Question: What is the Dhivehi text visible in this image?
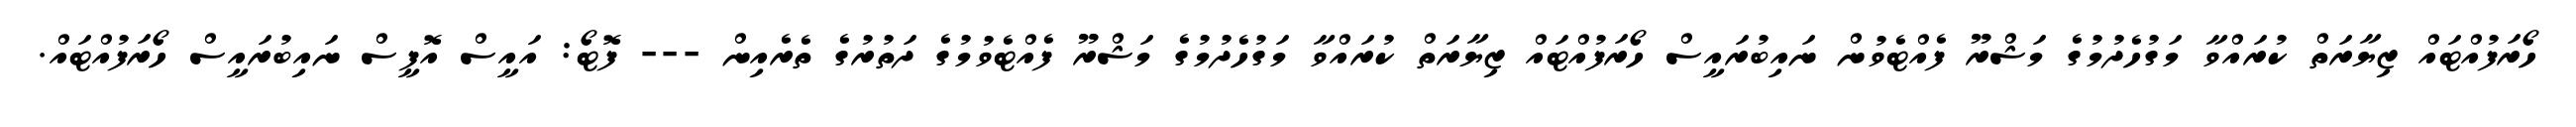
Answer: ހޯރަފުއްޓައް ޒިޔާރަތް ކުރައްވާ މަގުހެދުމުގެ މަޝްރޫ ފެއްޓެވުން ނައިބުރައީސް ހޯރަފުއްޓައް ޒިޔާރަތް ކުރައްވާ މަގުހެދުމުގެ މަޝްރޫ ފެއްޓެވުމުގެ ދަތުރުގެ ތެރެއިން --- ފޮޓޯ: އައީސް އޮފީސް ނައިބުރައީސް ހޯރަފުއްޓައް.